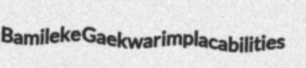
Bamileke Gaekwar implacabilities